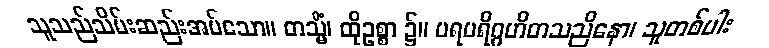
သူသည်သိမ်းဆည်းအပ်သော။ တသ္မိံ၊ ထိုဥစ္စာ ၌။ ပရပရိဂ္ဂဟိတသညိနော၊ သူတစ်ပါး